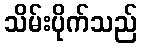
သိမ်းပိုက်သည်